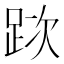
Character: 𨀥